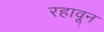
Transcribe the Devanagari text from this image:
रहावून